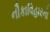
નૌકાવિહારનો